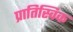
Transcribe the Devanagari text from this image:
प्रातिस्विक